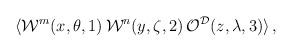
LaTeX: \begin{align*} \langle {\cal W}^m(x,\theta,1) \, {\cal W}^n(y,\zeta,2) \, {\cal O}^{{\cal D}}(z,\lambda,3) \rangle \, ,\end{align*}